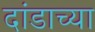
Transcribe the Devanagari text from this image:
दांडाच्या